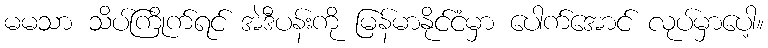
မမသာ သိပ်ကြိုက်ရင် အဲဒီပန်းကို မြန်မာနိုင်ငံမှာ ပေါက်အောင် လုပ်မှာပေါ့။